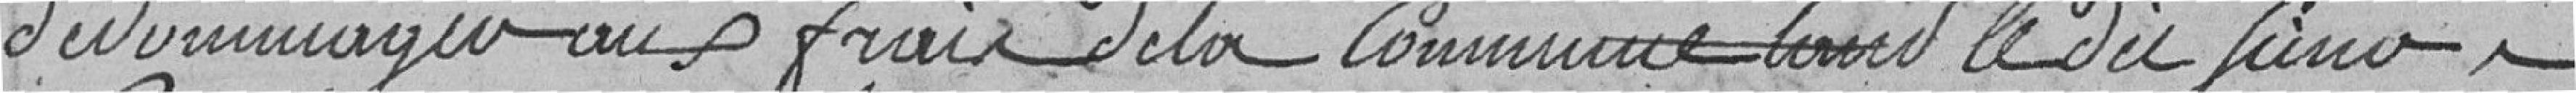
dédommagements aux frais de  la Commune tant  le dit ???